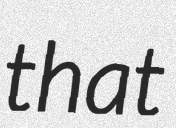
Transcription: that